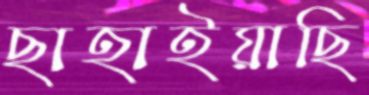
ছাহাইয়াছি